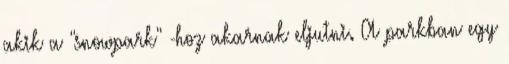
akik a "snowpark" -hoz akarnak eljutni. A parkban egy